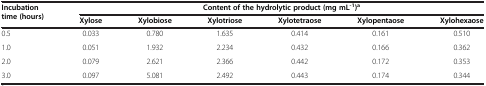
<table><thead><tr><td rowspan="2"><b>Incubation time (hours)</b></td><td colspan="6"><b>Content of the hydrolytic product (mg mL<sup>-1</sup>)<sup>a</sup></b></td></tr><tr><td><b>Xylose</b></td><td><b>Xylobiose</b></td><td><b>Xylotriose</b></td><td><b>Xylotetraose</b></td><td><b>Xylopentaose</b></td><td><b>Xylohexaose</b></td></tr></thead><tbody><tr><td>0.5</td><td>0.033</td><td>0.780</td><td>1.635</td><td>0.414</td><td>0.161</td><td>0.510</td></tr><tr><td>1.0</td><td>0.051</td><td>1.932</td><td>2.234</td><td>0.432</td><td>0.166</td><td>0.362</td></tr><tr><td>2.0</td><td>0.079</td><td>2.621</td><td>2.366</td><td>0.442</td><td>0.172</td><td>0.353</td></tr><tr><td>3.0</td><td>0.097</td><td>5.081</td><td>2.492</td><td>0.443</td><td>0.174</td><td>0.344</td></tr></tbody></table>